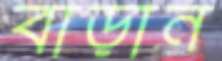
বাড়ান